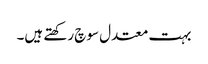
بہت معتدل سوچ رکھتے ہیں۔